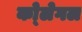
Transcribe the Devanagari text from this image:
को्लेगल